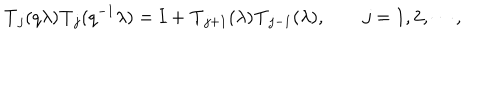
LaTeX: { \bf T } _ { j } ( q \lambda ) { \bf T } _ { j } ( q ^ { - 1 } \lambda ) = { \bf I } + { \bf T } _ { j + 1 } ( \lambda ) { \bf T } _ { j - 1 } ( \lambda ) , \qquad j = 1 , 2 , \cdots ,